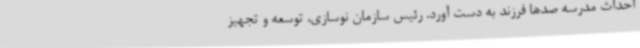
احداث مدرسه صدها فرزند به دست آورد. رئیس سازمان نوسازی، توسعه و تجهیز